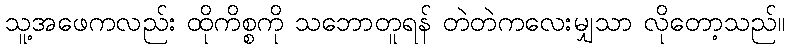
သူ့အဖေကလည်း ထိုကိစ္စကို သဘောတူရန် တဲတဲကလေးမျှသာ လိုတော့သည်။